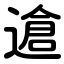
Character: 䢢